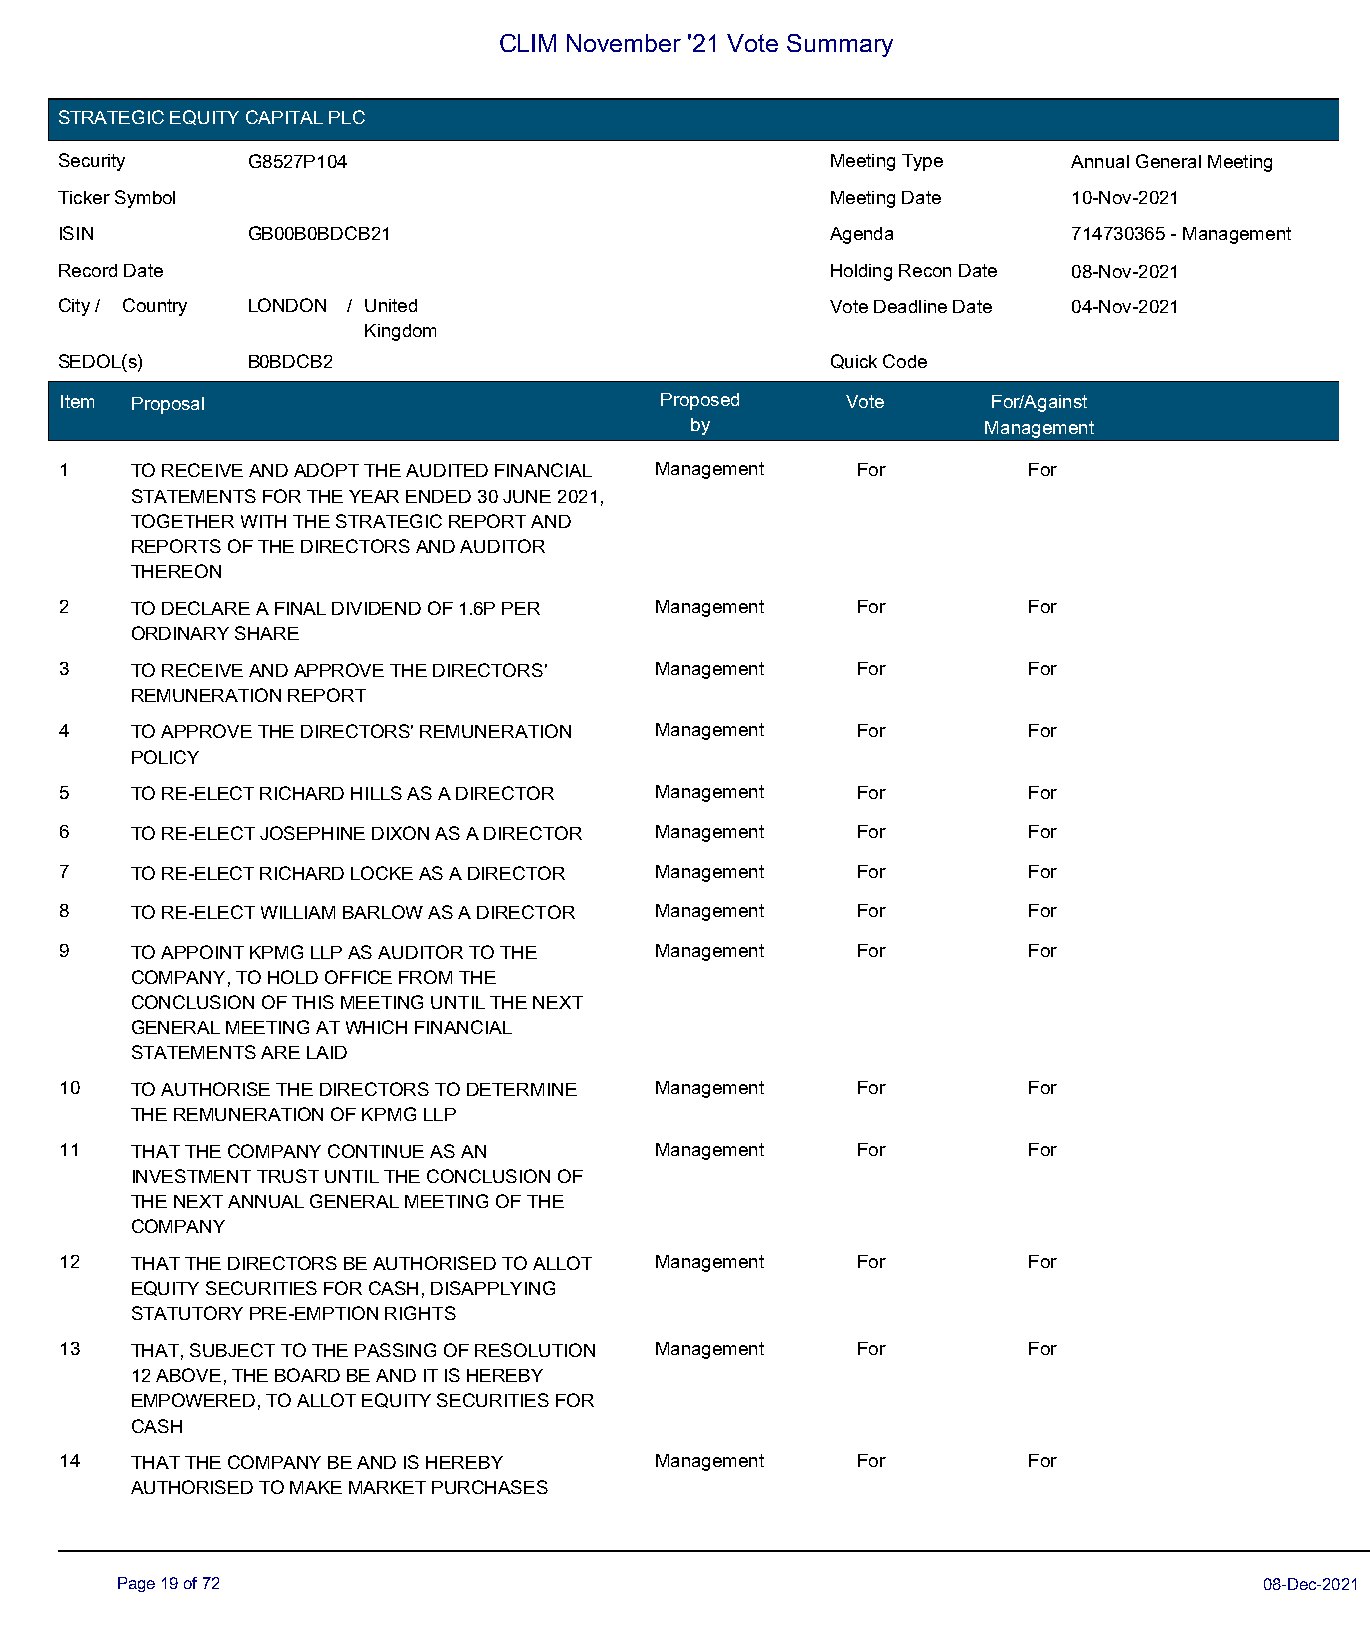
CLIM November '21 Vote Summary
 STRATEGIC EQUITY CAPITAL PLC
 Security    G8527P104                              Meeting Type    Annual General Meeting
 Ticker Symbol                                      Meeting Date    10-Nov-2021
 ISIN        GB00B0BDCB21                           Agenda          714730365 - Management
 Record Date                                        Holding Recon Date 08-Nov-2021
 City / Country LONDON / United                     Vote Deadline Date 04-Nov-2021
 Kingdom
 SEDOL(s)    B0BDCB2                                Quick Code
 Item Proposal                           Proposed    Vote      For/Against
 by                 Management
 1    TO RECEIVE AND ADOPT THE AUDITED FINANCIAL Management For  For
 STATEMENTS FOR THE YEAR ENDED 30 JUNE 2021,
 TOGETHER WITH THE STRATEGIC REPORT AND
 REPORTS OF THE DIRECTORS AND AUDITOR
 THEREON
 2    TO DECLARE A FINAL DIVIDEND OF 1.6P PER Management For     For
 ORDINARY SHARE
 3    TO RECEIVE AND APPROVE THE DIRECTORS' Management For       For
 REMUNERATION REPORT
 4    TO APPROVE THE DIRECTORS' REMUNERATION Management For      For
 POLICY
 5    TO RE-ELECT RICHARD HILLS AS A DIRECTOR Management For     For
 6    TO RE-ELECT JOSEPHINE DIXON AS A DIRECTOR Management For   For
 7    TO RE-ELECT RICHARD LOCKE AS A DIRECTOR Management For     For
 8    TO RE-ELECT WILLIAM BARLOW AS A DIRECTOR Management For    For
 9    TO APPOINT KPMG LLP AS AUDITOR TO THE Management For       For
 COMPANY, TO HOLD OFFICE FROM THE
 CONCLUSION OF THIS MEETING UNTIL THE NEXT
 GENERAL MEETING AT WHICH FINANCIAL
 STATEMENTS ARE LAID
 10   TO AUTHORISE THE DIRECTORS TO DETERMINE Management For     For
 THE REMUNERATION OF KPMG LLP
 11   THAT THE COMPANY CONTINUE AS AN   Management    For        For
 INVESTMENT TRUST UNTIL THE CONCLUSION OF
 THE NEXT ANNUAL GENERAL MEETING OF THE
 COMPANY
 12   THAT THE DIRECTORS BE AUTHORISED TO ALLOT Management For   For
 EQUITY SECURITIES FOR CASH, DISAPPLYING
 STATUTORY PRE-EMPTION RIGHTS
 13   THAT, SUBJECT TO THE PASSING OF RESOLUTION Management For  For
 12 ABOVE, THE BOARD BE AND IT IS HEREBY
 EMPOWERED, TO ALLOT EQUITY SECURITIES FOR
 CASH
 14   THAT THE COMPANY BE AND IS HEREBY Management    For        For
 AUTHORISED TO MAKE MARKET PURCHASES
 Page 19 of 72                                                               08-Dec-2021